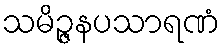
သမိဉ္ဇနပသာရဏံ